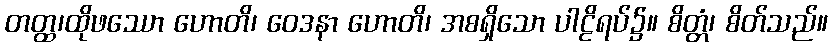
တတ္ထ၊ထိုဖဿော ဟောတိ၊ ဝေဒနာ ဟောတိ၊ အစရှိသော ပါဠိရပ်၌။ စိတ္တံ၊ စိတ်သည်။